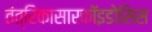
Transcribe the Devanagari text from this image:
तंत्रिकासारकॉइडोसिस